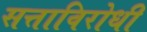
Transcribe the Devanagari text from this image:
सत्ताविरोधी